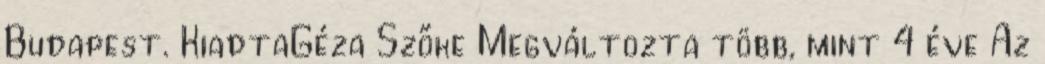
Budapest. KiadtaGéza Szőke Megváltozta több, mint 4 éve Az